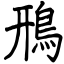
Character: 鳽